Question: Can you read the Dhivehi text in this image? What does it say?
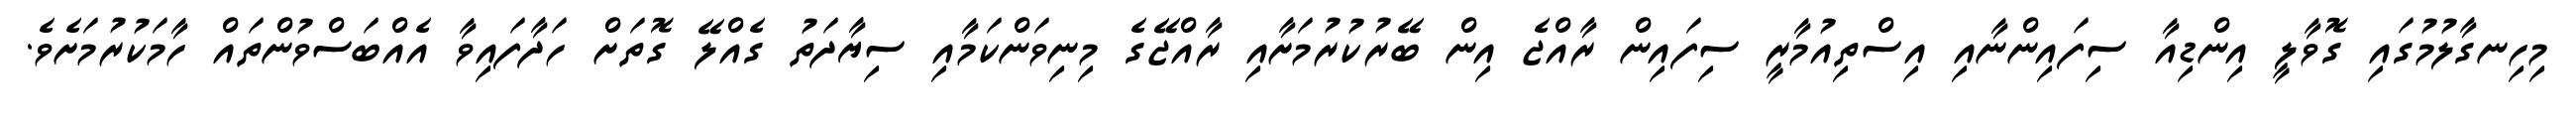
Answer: މިހިނގާލުމުގައި ގޮވާލީ އިންޑިއާ ސިފައިންނާއި އިސްތިއުމާރީ ސިފައިން ރާއްޖެ އިން ބޭރުކުރުމަށާއި ރާއްޖޭގެ މިނިވަންކަމާއި ސިޔާދަތު ގެއްލޭ ގޮތަށް ހަދާފައިވާ އެއްބަސްވުންތައް ހާމަކުރުމަށެވެ.